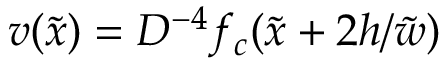
v ( \tilde { x } ) = D ^ { - 4 } f _ { c } ( \tilde { x } + 2 h / \tilde { w } )